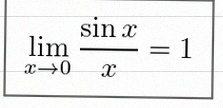
\lim_{x\to0}\frac{\sin x}{x}=1